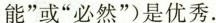
能”或”必然”)是优秀.